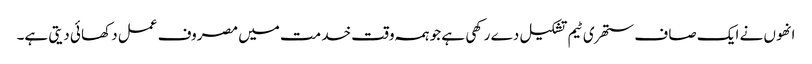
انھو ں نے ایک صا ف ستھر ی ٹیم تشکیل دے رکھی ہے جو ہمہ وقت خد مت میں مصروف عمل دکھا ئی دیتی ہے۔